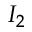
I _ { 2 }